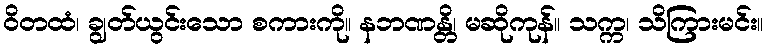
ဝိတထံ၊ ချွတ်ယွင်းသော စကားကို။ နဘဏန္တိ၊ မဆိုကုန်။ သက္က၊ သိကြားမင်း။